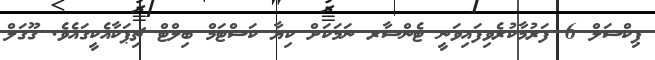
ޕިކްސަލް 6 ފަރުމާކުރެވިފައިވަނީ ޓެންސާރ ނަމަކަށް ކިޔާ ކަސްޓަމް ބިލްޓް ޗިޕަކާއެކީގައެވެ. ގޫގަލް